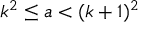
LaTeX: k ^ { 2 } \leq a < ( k + 1 ) ^ { 2 }